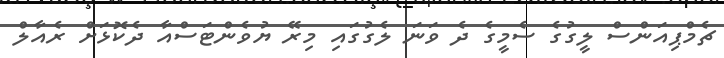
ޗެމްޕިއަންސް ލީގުގެ ސެމީގެ ދެ ވަނަ ލެގުގައި މިރޭ ޔުވެންޓަސްއާ ދެކޮޅަށް ރެއާލް